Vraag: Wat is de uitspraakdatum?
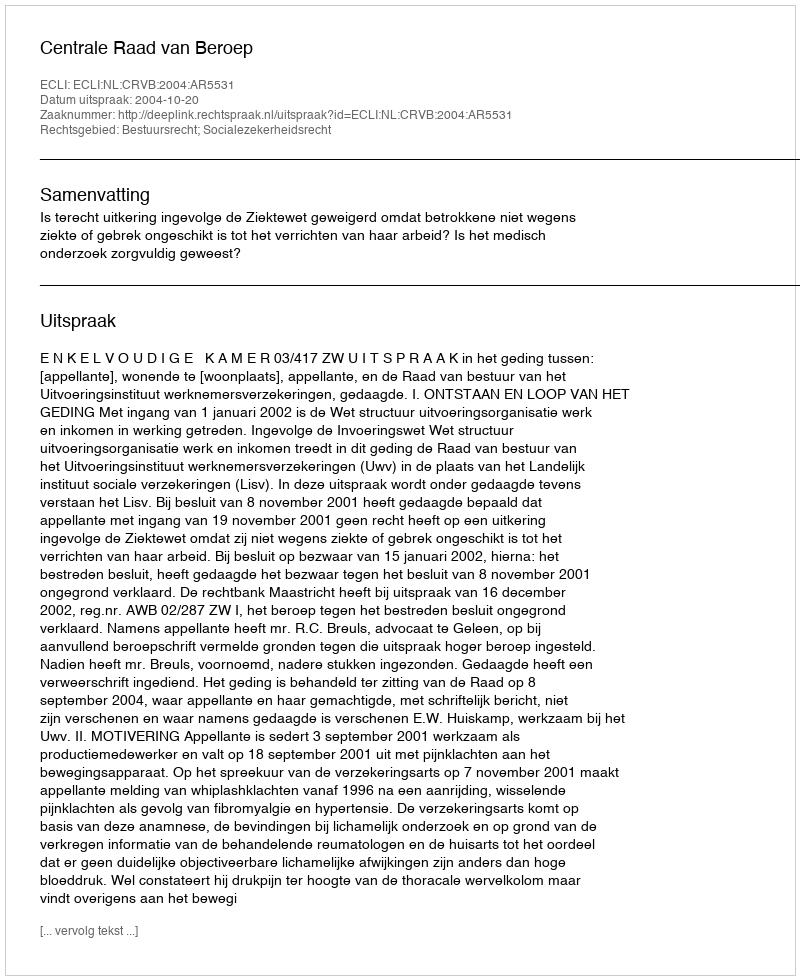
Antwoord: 2004-10-20